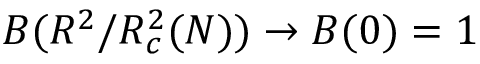
B ( R ^ { 2 } / R _ { c } ^ { 2 } ( N ) ) \to B ( 0 ) = 1